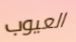
العيوب